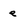
Character: e